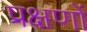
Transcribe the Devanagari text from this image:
प्रक्षणों